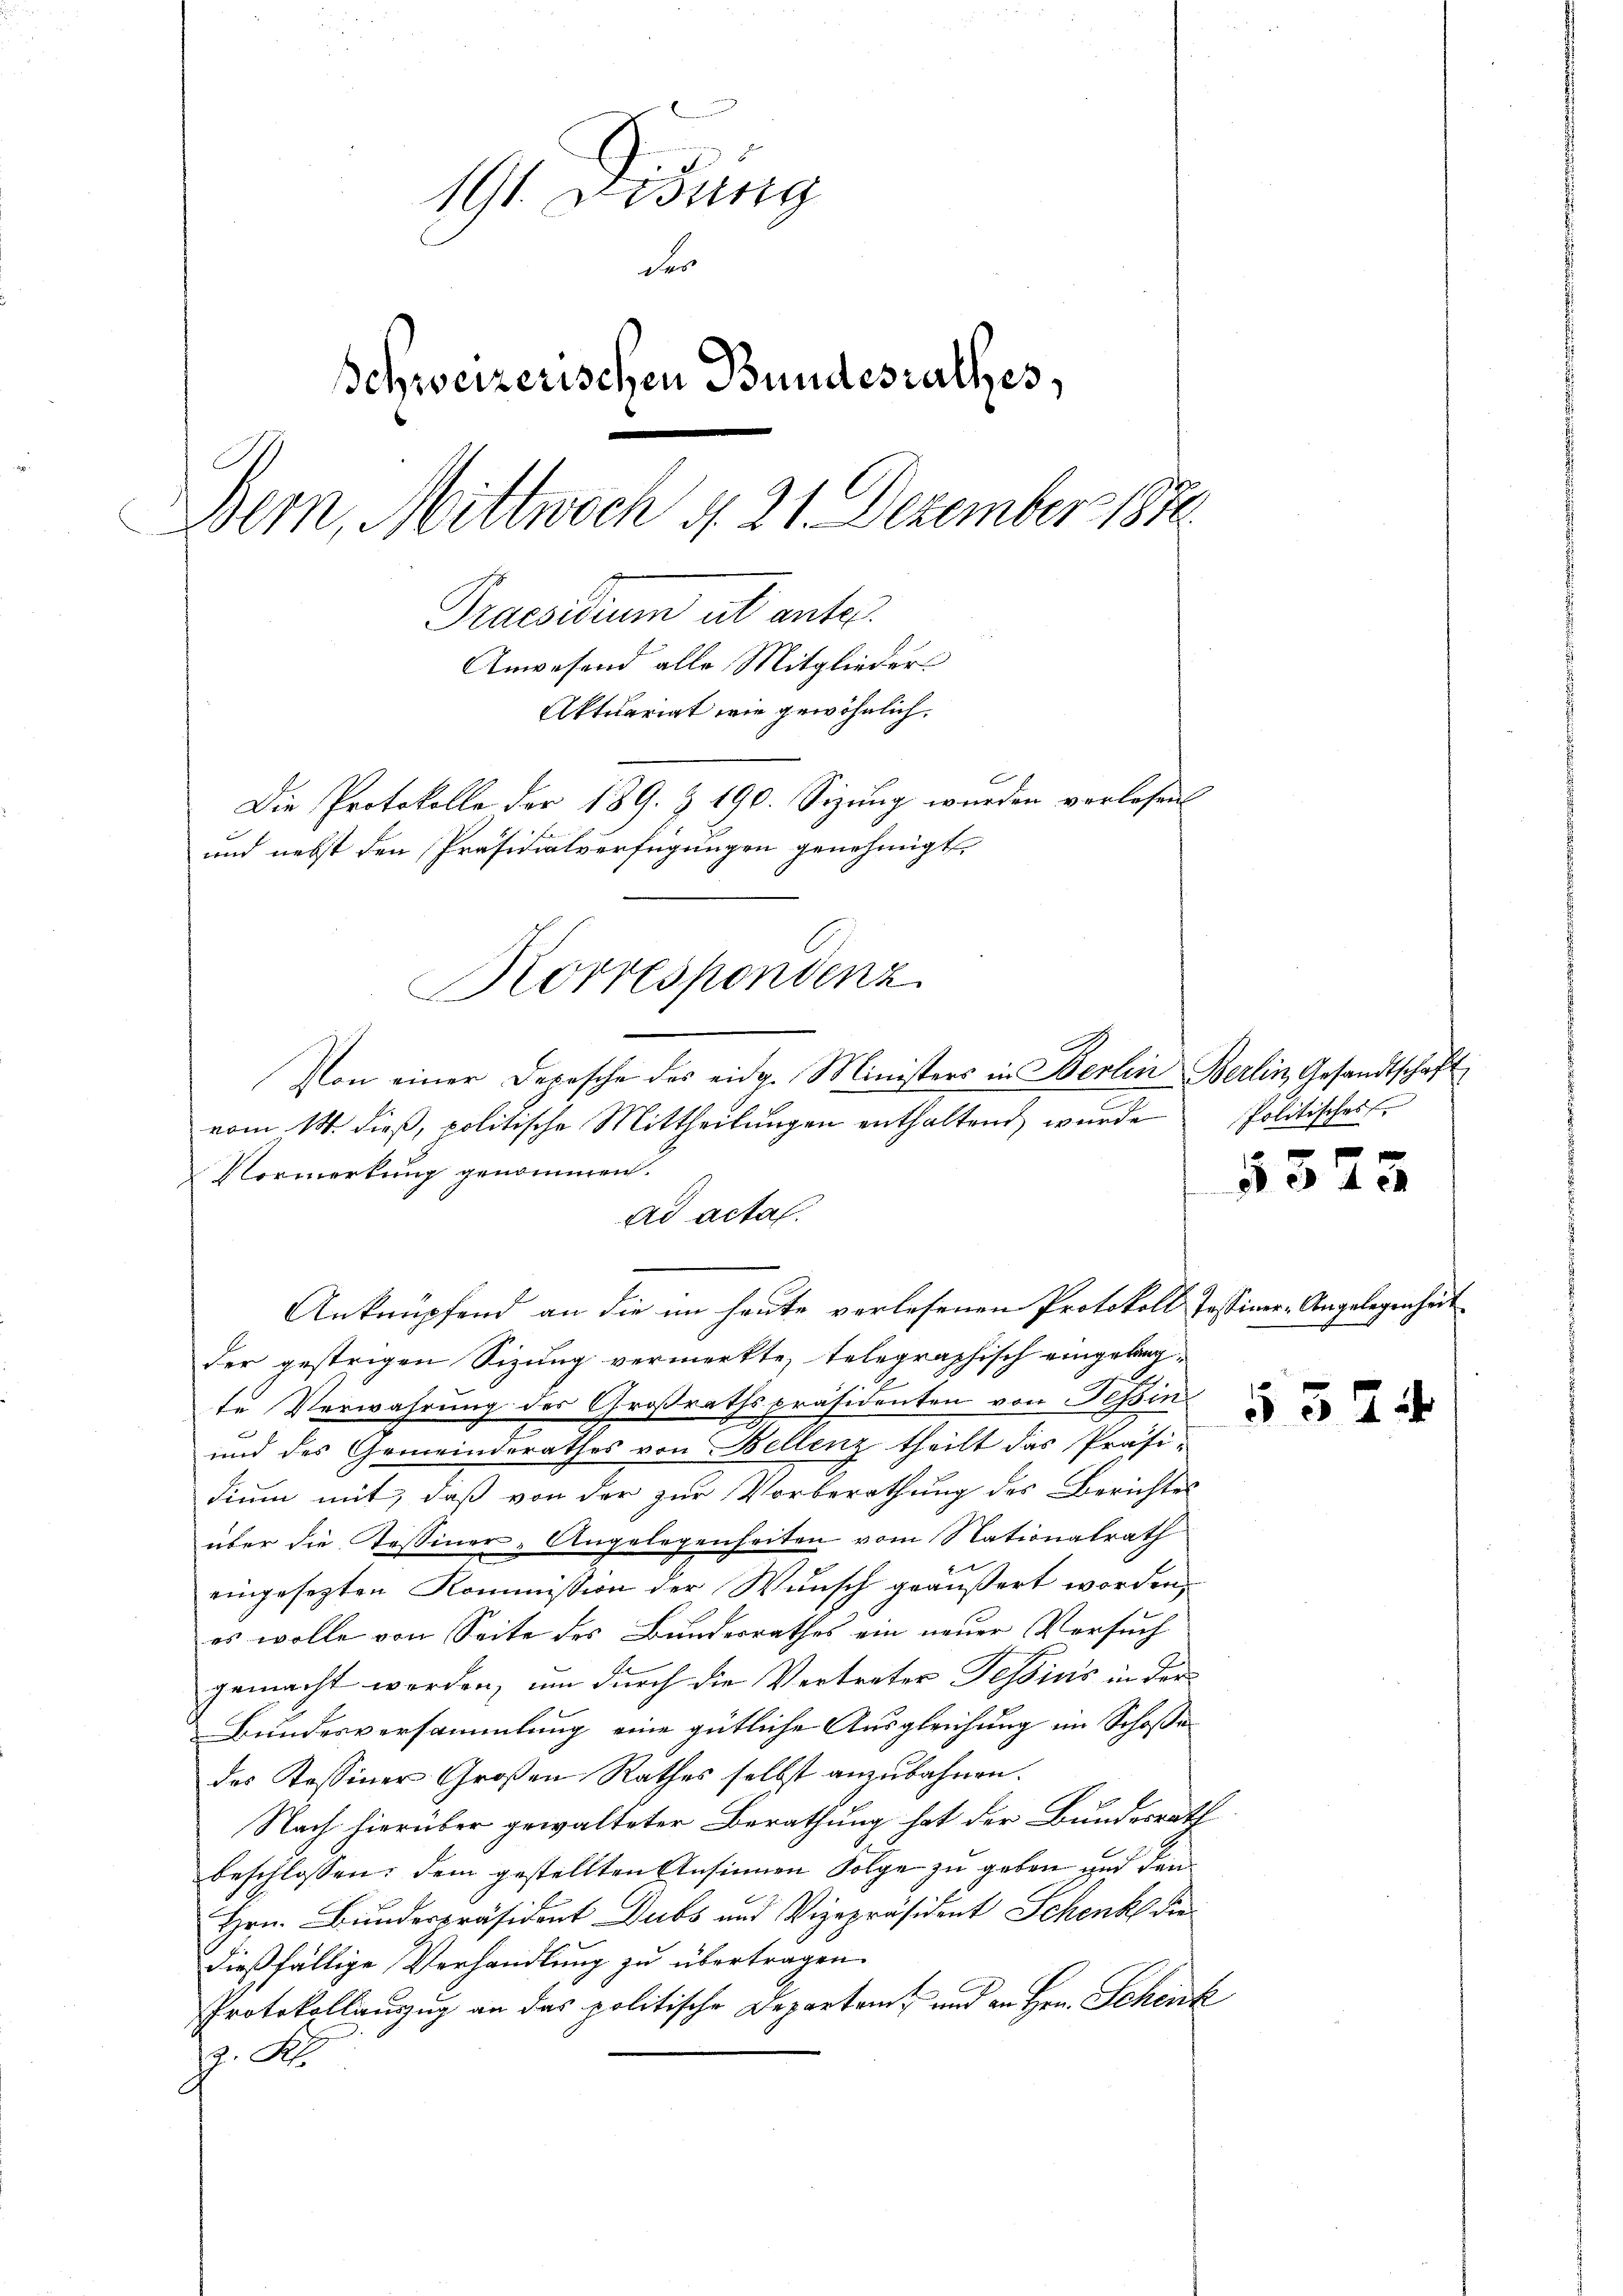
191. Disung
der
Schweizerischen Bundesrathes,
Bern, Mittwoch 4. 21. Dezember 1870
Praesidium als anter
Anwesend alle Mitglieder¬
Aktuariat wie gewöhnlich.
Die Protokolle der 189. & 190. Sizung wurden verlesen
und nebst den Präsidialverfügungen genehmigt.

Korrespondenz
Von einer Depesche des eidg. Ministers in Berlin Berlin, Gesandtschaft
vom 14. dieβ, politische Mittheilŭngen enthaltend wurde Politisches

Vormerkung genommen.
ad acta.
Anknüpfend an die im heute verlesenen Protokoll Tassiner-Angelegenheit
der gestrigen Sitzung vermerkte, telegraphisch eingelangte Verwahrung des Großrathspräsidenten von Tessin
und des Gemeinderathes von Bellenz theilt das Präsi-
dium mit, daß von der zur Vorberathung des Berichtes
über die Tessiner-Angelegenseiten vom Nationalrath
eingesetzten Kommißion der Wunsch geäußert worden,
es wolle von Seite des Bundesrathes ein neuer Versuch
gemacht werden, um durch die Vertreter Tessins in der
Bundesversammlung eine gütliche Ausgleichung im Schoße
des Kessiner Großen Rathes selbst anzubahnen.
Nach hierüber gewalteter Berathung hat der Bundesrath
beschlossen; dem gestellten Ansinnen Folge zu geben und dan¬
Hrn. Bundespräsident Dubs und Vizepräsident Schenk die
dießfällige Verhandlung zu übertragen.
Protokollauszug an das politische Departen- und an Hrn. Schenk
z. K.

5325

55

i